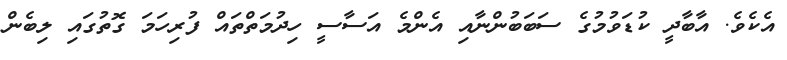
އެކެވެ. އާބާދީ ކުޑަވުމުގެ ސަބަބުންނާއި އެންމެ އަސާސީ ހިދުމަތްތައް ފުރިހަމަ ގޮތުގައި ލިބެން